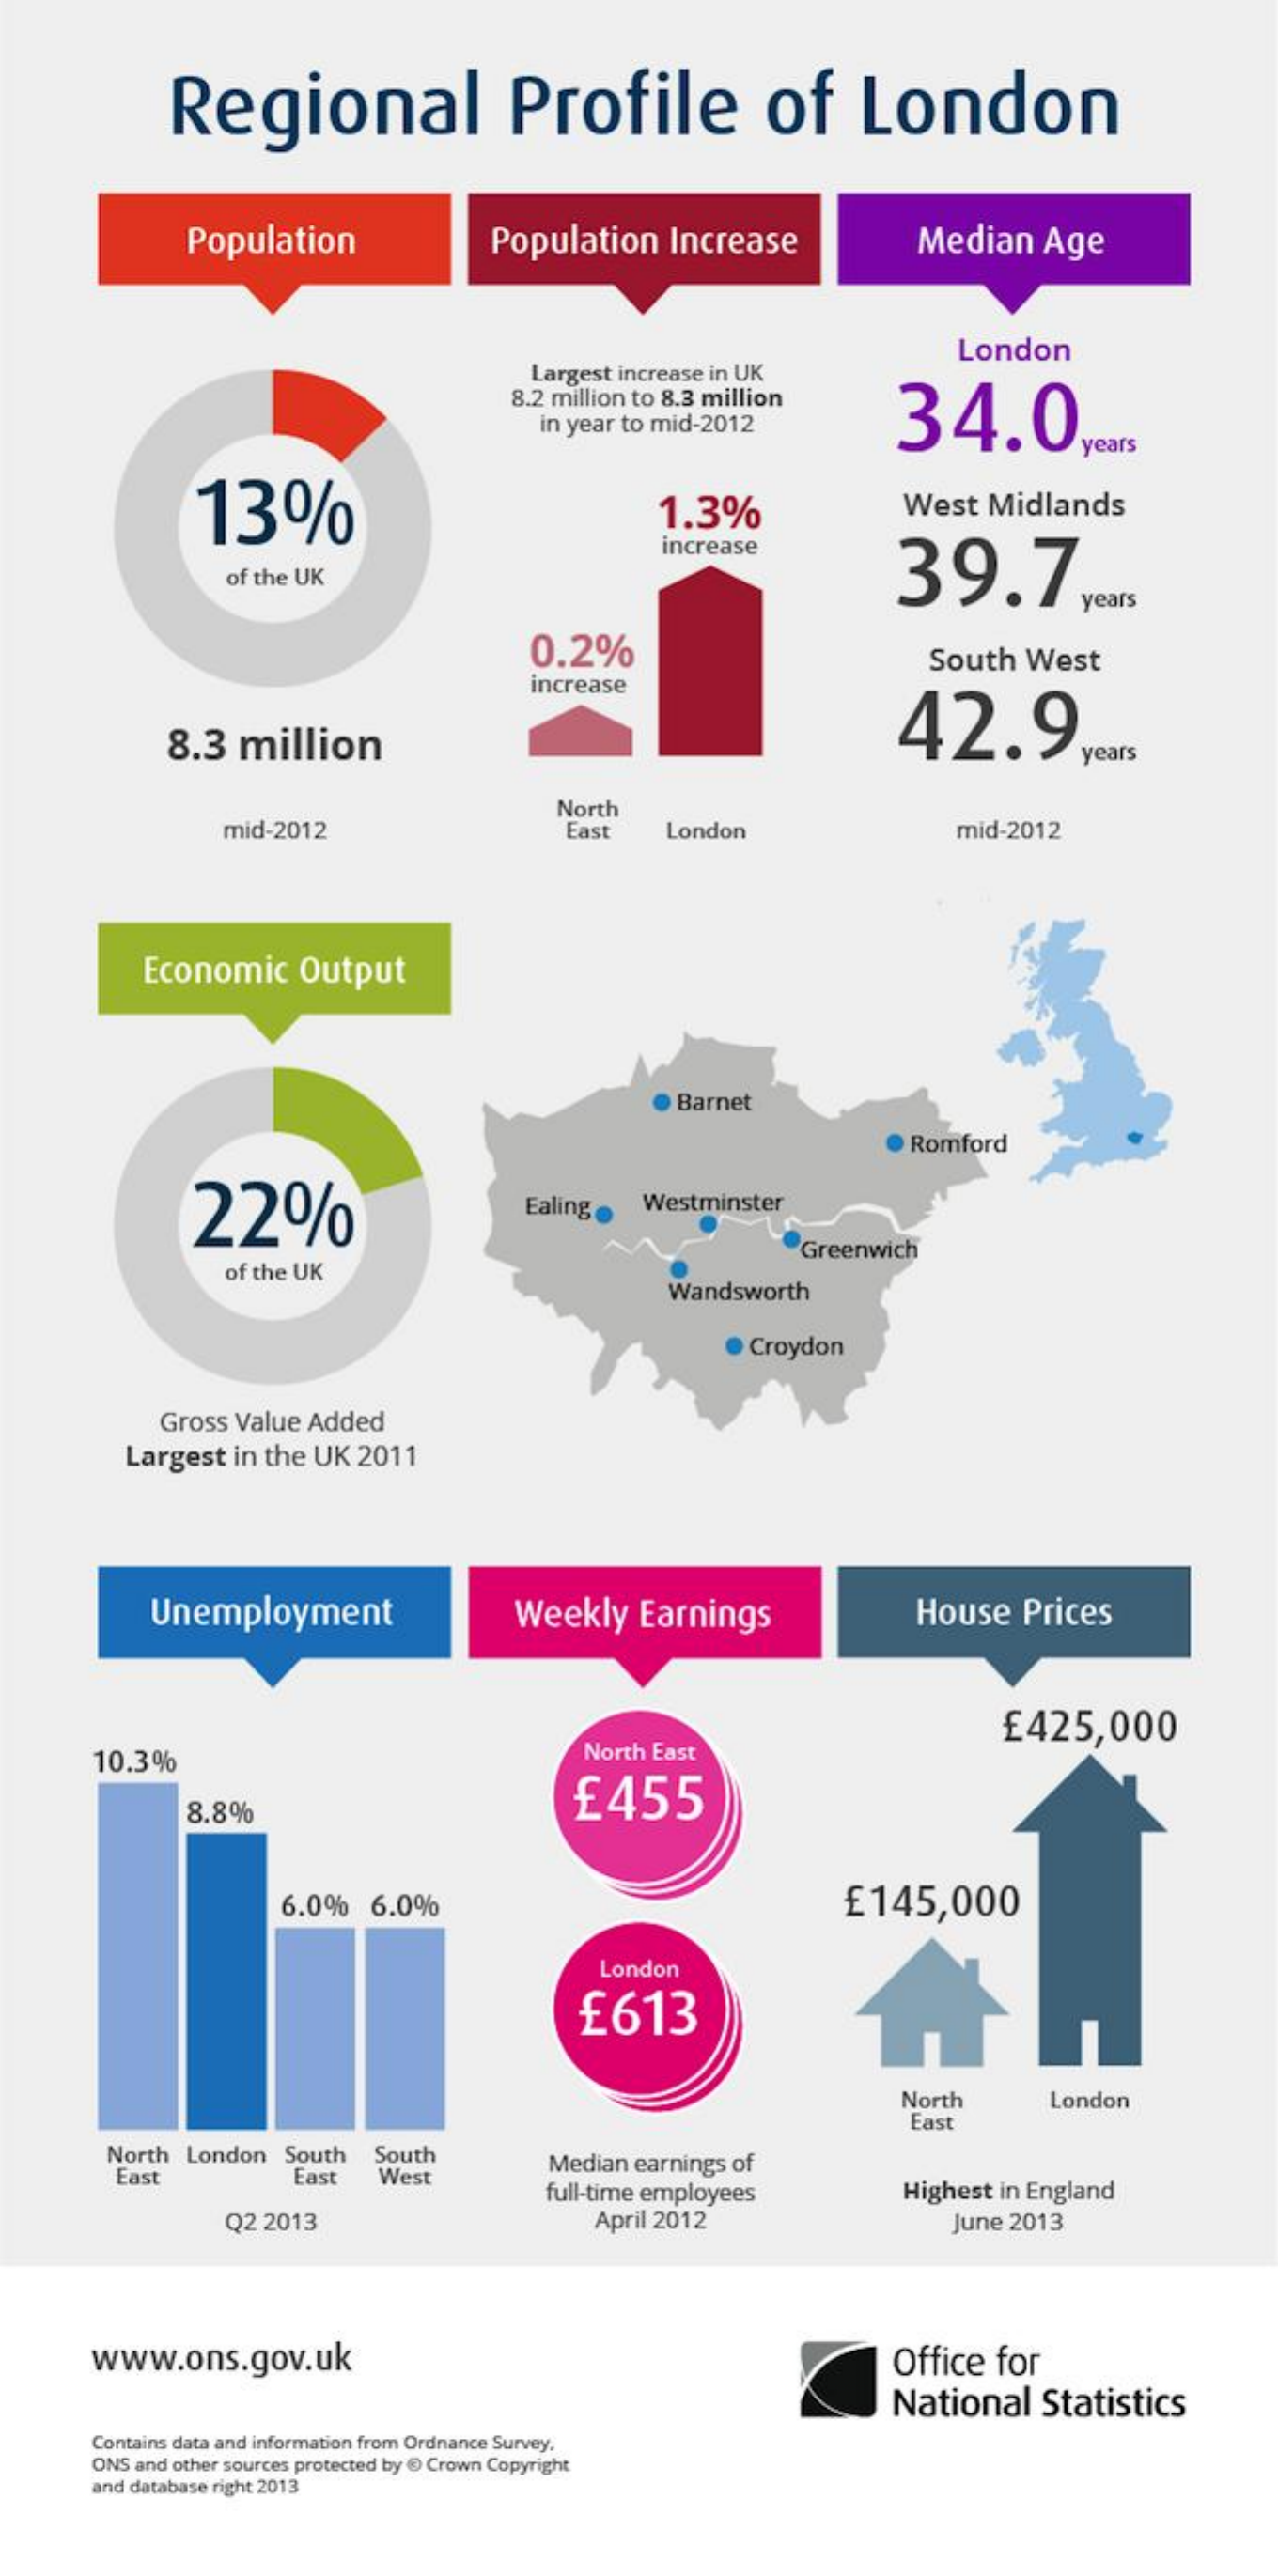
Regional    Profile    of    London
     Population    Population    Increase    Median    Age
     London
     Largest  increase in UK
     8.2 million to 8.3 million
     34.0 in year to mid-2012
     years
     13%    1.3%    West    Midlands
     increase
     39.7, of the UK
     years
     0.2%    South    West
     increase
     8.3    million    42.9.
     years
     mid-2012
     North
     East    London    mid-2012
     Economic    Output
     Barnet
     Romford
     22%    Ealing ·   Westminster
     of the UK
     Greenwich
     Wandsworth
     Croydon
     Gross  Value  Added
     Largest   in the  UK   2011
     Unemployment    Weekly    Earnings    House    Prices
     £425,000
     10.3%    North  East
     £455
     8.8%
     6.0%    6.0%    £145,000
     London
     £613
     North    London
     East
     North  London    South   South
     East    East    West
     Median  earnings  of
     full-time employees    Highest  in England
     Q2 2013    April 2012    June 2013
     www.ons.gov.uk    Office    for
     National    Statistics
     Contains data and information from Ordnance Survey.
     ONS and other sources protected by @ Crown Copyright
     and database right 2013